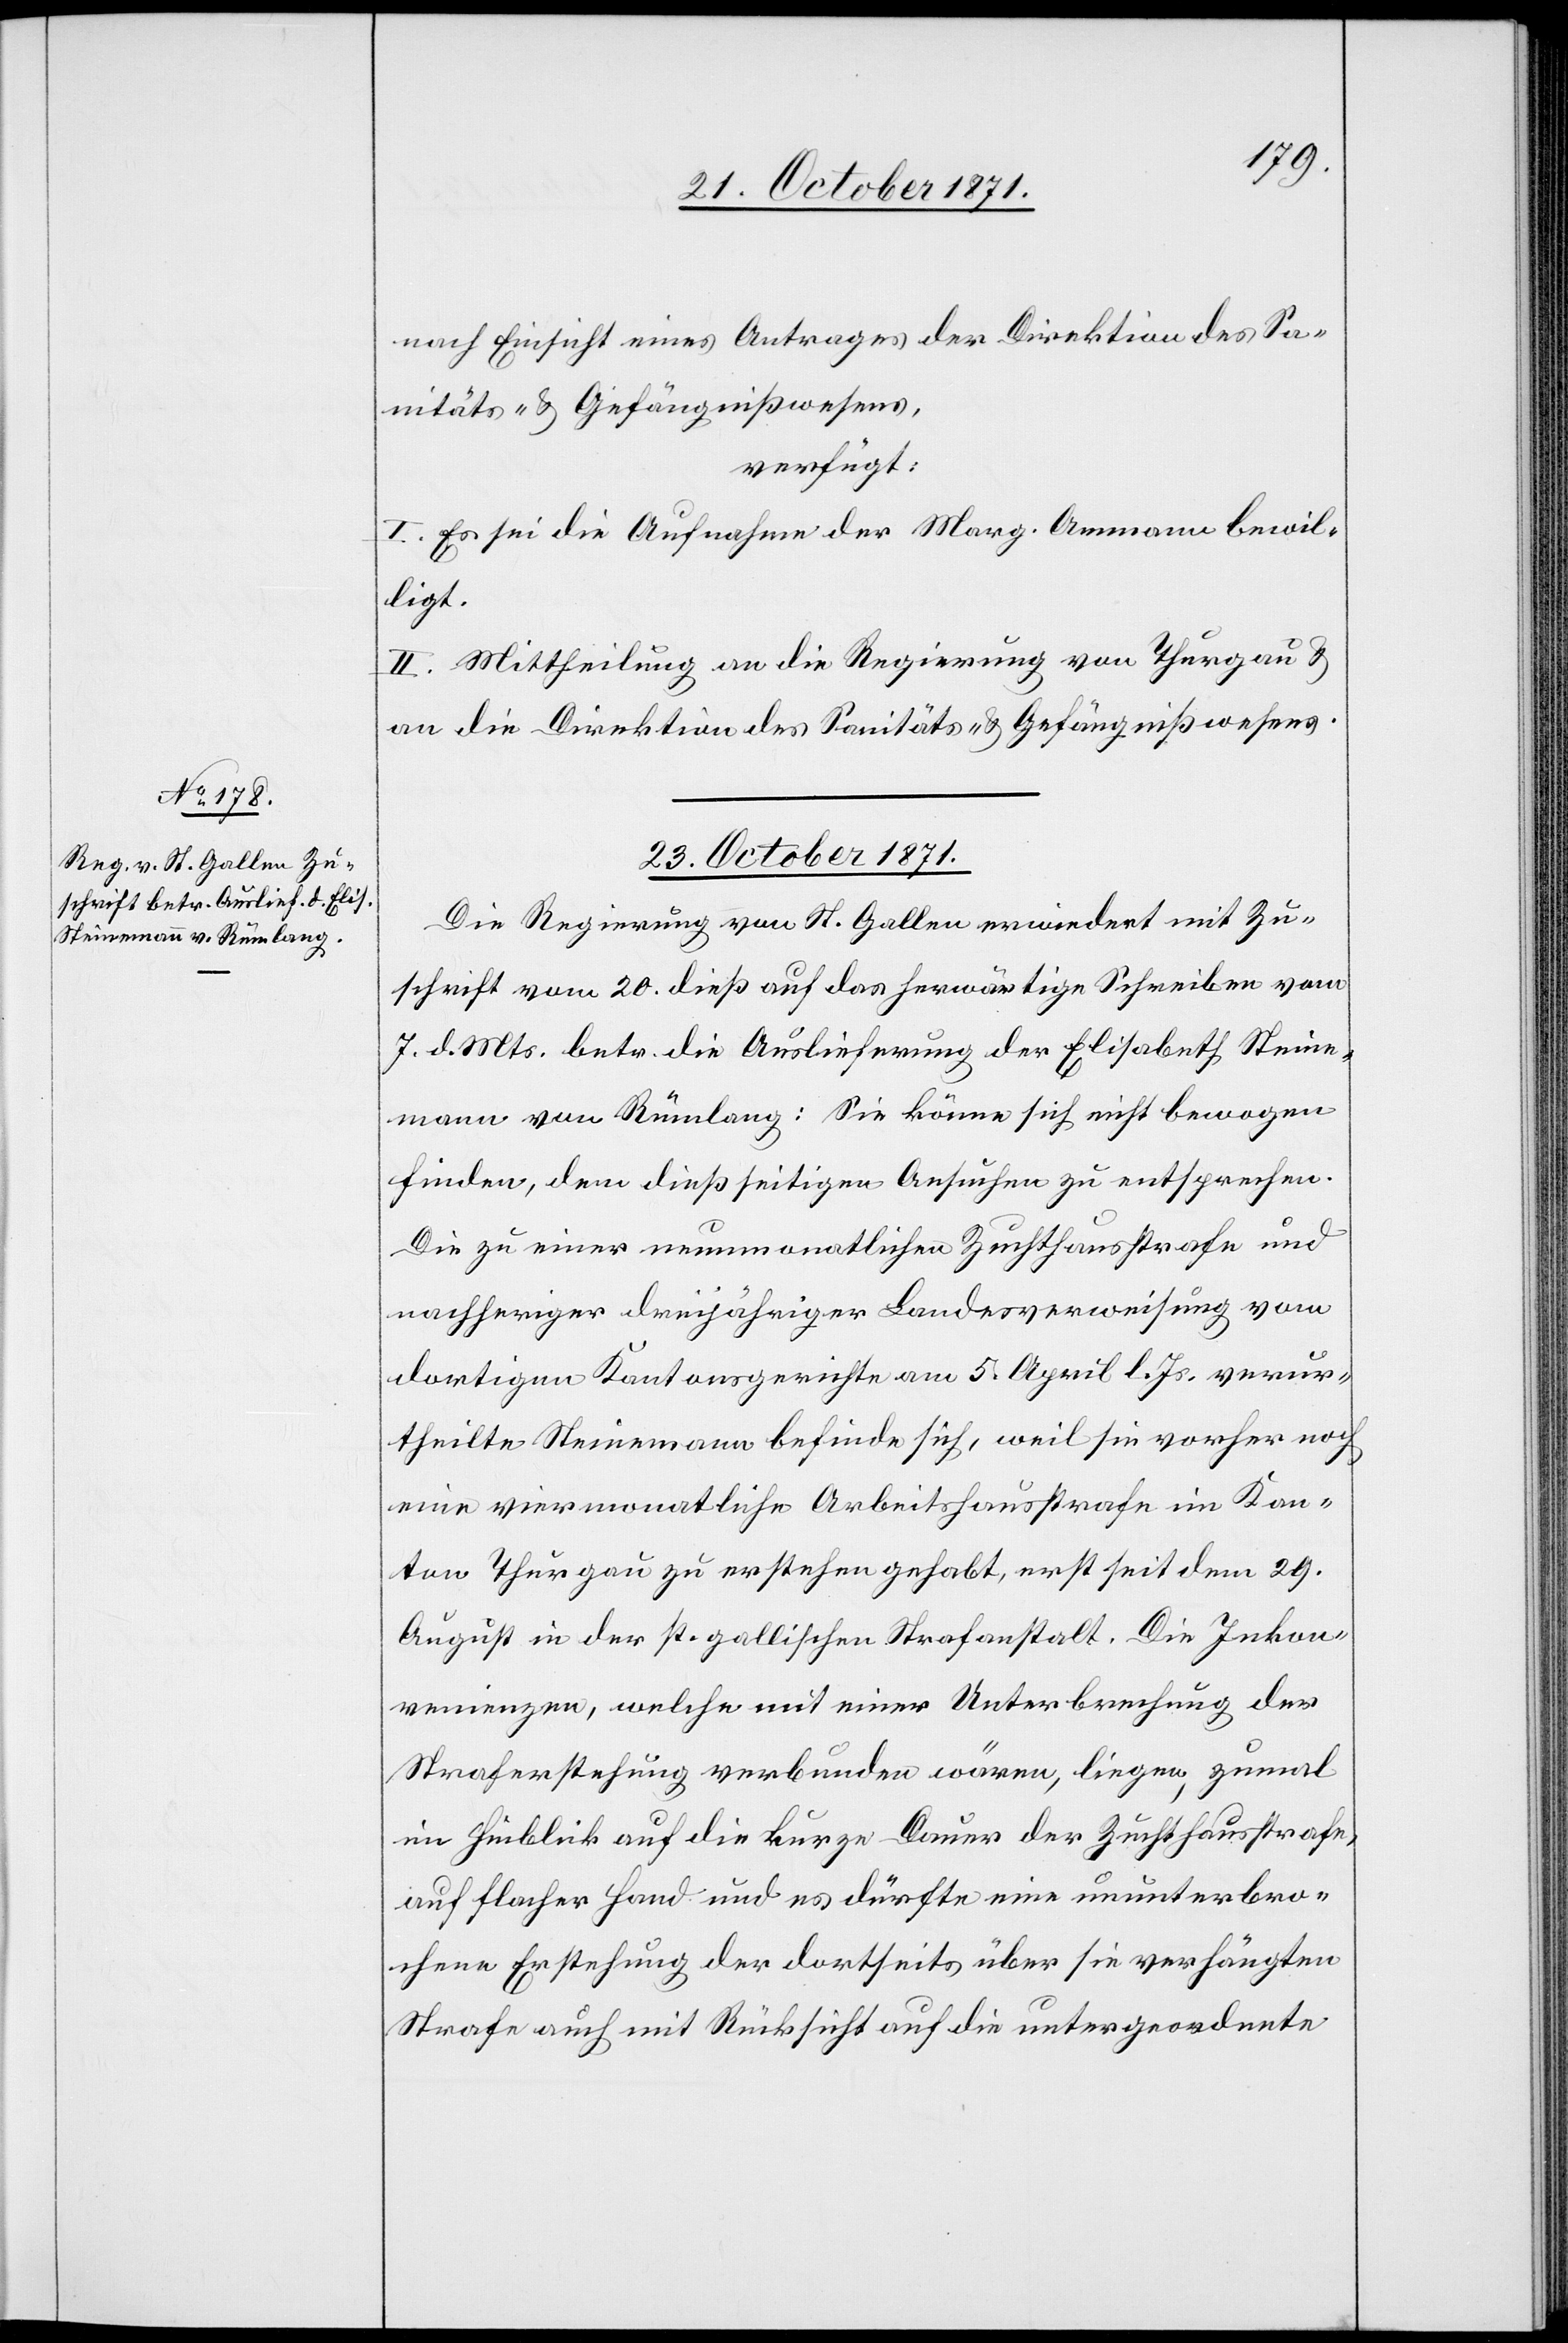
nach Einsicht eines Antrages der Direktion des Sa¬
nitäts- & Gefängnißwesens,
verfügt:
I. Es sei die Aufnahme der Marg. Ammann bewil¬
ligt.
II. Mittheilung an die Regierung von Thurgau &
an die Direktion des Sanitäts- & Gefängnißwesens.
23. October 1871.
Die Regierung von St. Gallen erwiedert mit Zu¬
schrift vom 20. dieß auf das herwärtige Schreiben vom
7. d. Mts. betr. die Auslieferung der Elisabeth Steine¬
mann von Rümlang: Sie könne sich nicht bewogen
finden, dem dießseitigen Ansuchen zu entsprechen.
Die zu einer neunmonatlichen Zuchthausstrafe und
nachheriger dreijähriger Landesverweisung vom
dortigen Kantonsgerichte am 5. April l. Js. verur¬
theilte Steinemann befinde sich, weil sie vorher noch
eine viermonatliche Arbeitshausstrafe im Kan¬
ton Thurgau zu erstehen gehabt, erst seit dem 29.
August in der st. gallischen Strafanstalt. Die Inkon¬
venienzen, welche mit einer Unterbrechung der
Straferstehung verbunden wären, liegen, zumal
im Hinblick auf die kurze Dauer der Zuchthausstrafe,
auf flacher Hand und es dürfte eine ununterbro¬
chene Erstehung der dortseits über sie verhängten
Strafe auch mit Rücksicht auf die untergeordnete